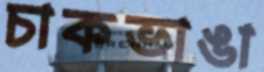
চাকভাঙা